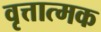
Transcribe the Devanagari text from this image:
वृत्तात्मक